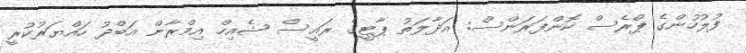
ފުލުހުންގެ ޕްރެސް ކޮންފަރަންސް: އަދާލަތު ޕާޓީގެ ރައީސް ޝެއިހް އިމްރާން އަބްދު ހައްޔަރުކުރީ